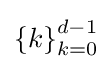
\left\{k\right\}_{k=0}^{d-1}